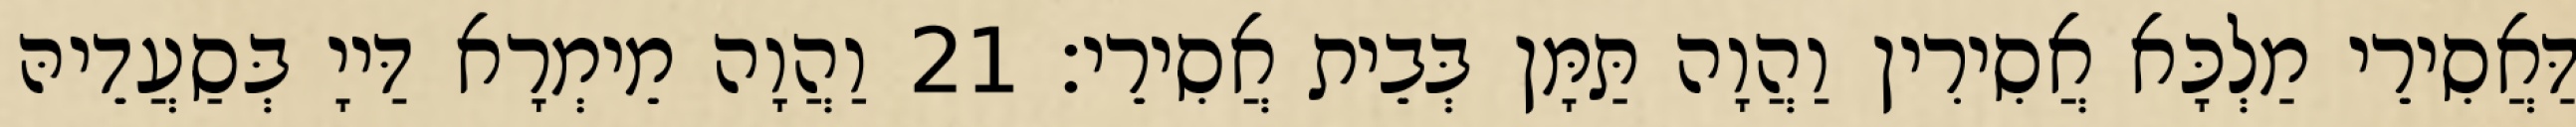
דַּאֲסִירֵי מַלְכָּא אֲסִירִין וַהֲוָה תַּמָּן בְּבֵית אֲסִירֵי׃ 21 וַהֲוָה מֵימְרָא דַּייָ בְּסַעֲדֵיהּ